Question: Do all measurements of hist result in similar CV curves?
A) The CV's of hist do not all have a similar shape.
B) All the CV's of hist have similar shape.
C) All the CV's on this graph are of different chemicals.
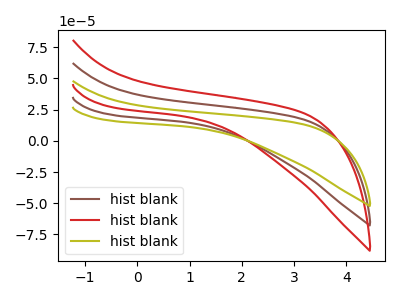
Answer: <think>The brown curve "hist blank1" has no peaks. The red curve "hist blank2" has no peaks. The olive curve "hist blank3" has no peaks.
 Neither "hist blank1" or "hist blank2" have any peaks. Neither "hist blank1" or "hist blank3" have any peaks. Neither "hist blank2" or "hist blank3" have any peaks.</think>
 <answer>B) All the CV's of "hist" have similar shape.</answer>
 <eval>B</eval>